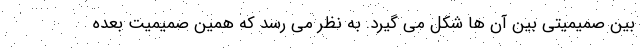
بین صمیمیتی بین آن ها شکل می گیرد. به نظر می رسد که همین صمیمیت بعده